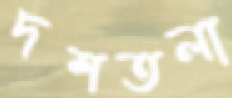
দশতলা